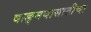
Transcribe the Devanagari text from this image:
वाङ्‌मयासाठीचा